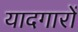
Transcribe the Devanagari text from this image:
यादगारों